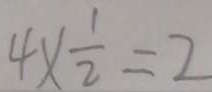
4 \times \frac { 1 } { 2 } = 2